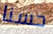
حسنا